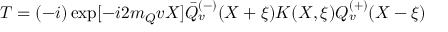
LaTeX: T = ( - i ) \exp [ - i 2 m _ { Q } v X ] \bar { Q } _ { v } ^ { ( - ) } ( X + \xi ) K ( X , \xi ) Q _ { v } ^ { ( + ) } ( X - \xi )